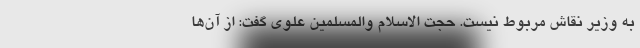
به وزیر نقاش مربوط نیست. حجت الاسلام والمسلمین علوی گفت: از آن‌ها